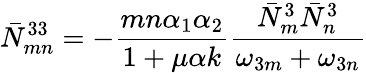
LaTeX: \bar{N}_{mn}^{33}=-{\frac{mn\alpha_{1}\alpha_{2}}{1+\mu\alpha k}}{\frac{\bar{N}_{m}^{3}\bar{N}_{n}^{3}}{\omega_{3m}+\omega_{3n}}}